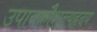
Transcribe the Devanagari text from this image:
उपायकौशल्यहृदय